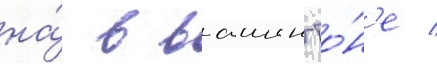
на́ в вашингто́н'е /